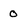
Character: 0